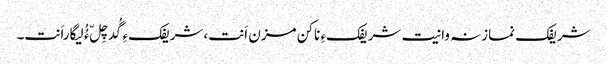
شریفک نمازنہ وانیت شریفکءِ ناکن مزن اَنت،شریفکءِ گُدچِلّ ءُُ لیگاراَنت۔